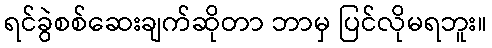
ရင်ခွဲစစ်ဆေးချက်ဆိုတာ ဘာမှ ပြင်လိုမရဘူး။